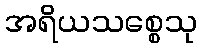
အရိယသစ္စေသု